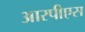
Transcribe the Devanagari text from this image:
आरपीएस